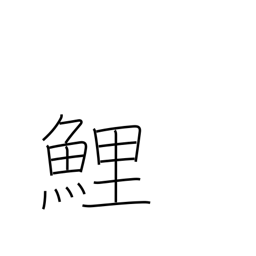
Meaning: carp